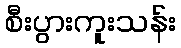
စီးပွားကူးသန်း